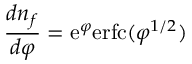
{ \frac { d n _ { f } } { d \varphi } } = \mathrm { e } ^ { \varphi } \mathrm { e r f c } ( \varphi ^ { 1 / 2 } )